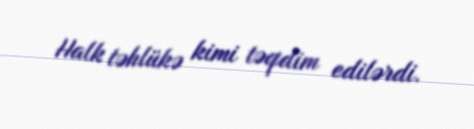
Halk təhlükə kimi təqdim edilərdi.